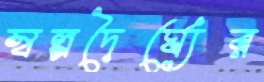
স্বল্পদৈর্ঘ্যের